Lunatic asylums Central Provinces reports 1910-1926 - 1910-1926
Year: 1910
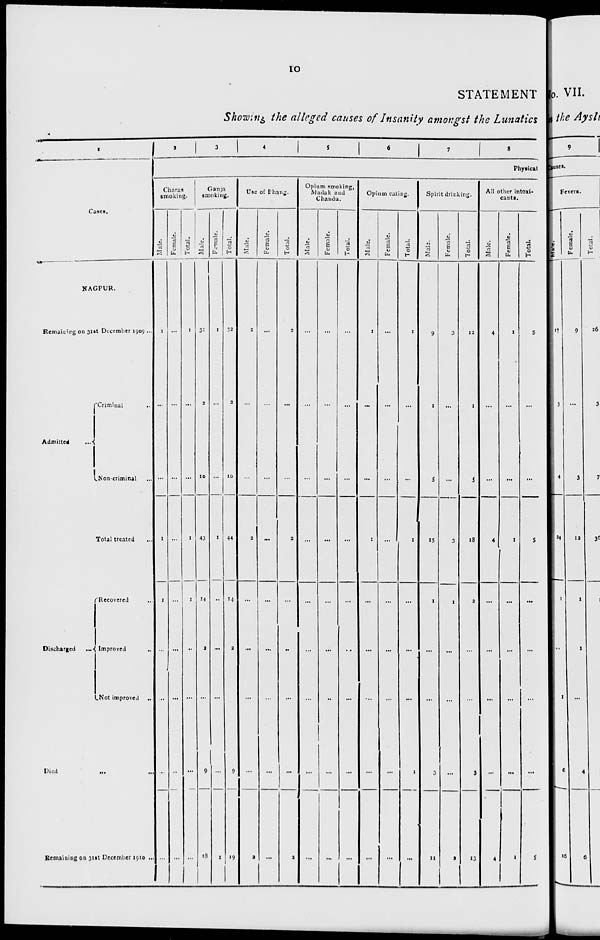
10
STATEMENT
Showing the alleged causes of Insanity amongst the Lunatics
1
Cases.
NAGPUR.
Remaining on 31st December 1909 ...
Admitted ...
Criminal ...
Non-criminal ...
Total treated ...
Discharged
...
Recovered ...
Improved ...
Not improved ...
Died
...
...
Remaining on 31st December 1910 ...
2
3
4
5
6
7
8
Physical
Charas
smoking.
Male.
1
...
...
1
1
...
...
...
...
Female.
...
...
...
...
...
...
...
...
...
Total.
1
...
...
1
1
...
...
...
...
Ganja
smoking.
Male.
31
2
10
43
14
2
...
9
18
Female.
1
...
...
1
...
...
...
...
1
Total.
32
2
10
44
14
2
...
9
19
Use of Bhang.
Male.
2
...
...
2
...
...
...
...
2
Female.
...
...
...
...
...
...
...
...
...
Total.
2
...
...
2
...
...
...
...
2
Opium smoking,
Madak and
Chandu.
Male.
...
...
...
...
...
...
...
...
...
Female.
...
...
...
...
...
...
...
...
...
Total.
...
...
...
...
...
...
...
...
...
Opium eating.
Male.
1
...
...
1
...
...
...
...
...
Female.
...
...
...
...
...
...
...
...
...
Total.
1
...
...
1
...
...
...
1
...
Spirit drinking.
Male.
9
1
5
15
1
...
...
3
11
Female.
3
...
...
3
1
...
...
...
2
Total.
12
1
5
18
2
...
...
3
13
All other intoxi-
cants.
Male.
4
...
...
4
...
...
...
...
4
Female.
1
...
...
1
...
...
...
...
1
Total.
5
...
...
5
...
...
...
...
5